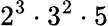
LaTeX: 2^{3}\cdot 3^{2}\cdot 5